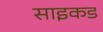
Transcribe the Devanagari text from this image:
साइकड